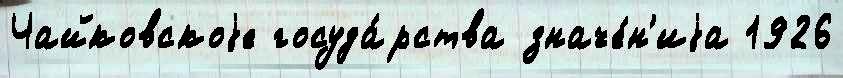
Чайковскоjе госуда́рства значе́н'иjа 1926